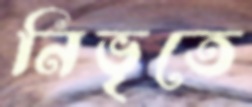
নিভৃতে